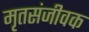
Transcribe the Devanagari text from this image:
मृतसंजीवक